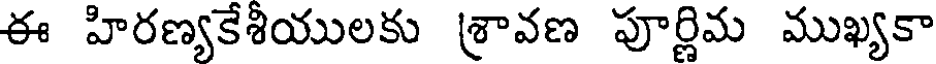
ఈ హిరణ్యకేశియులకు శ్రావణ పూర్ణిమ ముఖ్యకా